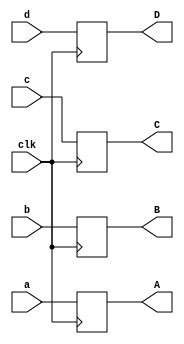
module display_decoder(
    input  wire clk,
   output wire A,
 output wire B,
output wire C,
output wire D,
input wire a,
input wire b,
input wire c,
input wire d,    
);
always @(posedge clk) begin
  
  A=a;
  B=b;
  C=c;
  D=d;
  
 end
  
endmodule